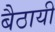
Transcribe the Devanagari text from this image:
बैठायी